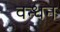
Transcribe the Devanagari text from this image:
वन्धन